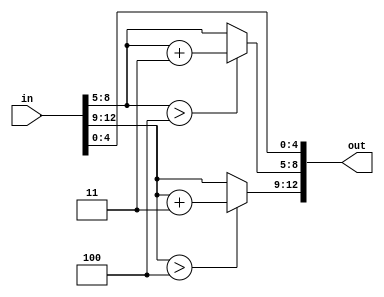
module add3(in, out);
	input [12:0]in;
	output [12:0]out;
	reg [12:0]out;
	
	always@(*)
	begin
		out = in;
		if(in[12:9]>4) out[12:9] = in[12:9] + 3;
		if(in[8:5]>4) out[8:5] = in[8:5] + 3;
	end
endmodule